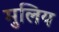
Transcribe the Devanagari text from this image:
मुलिय